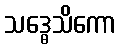
သဒ္ဓေသိကော